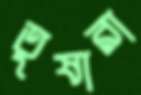
তুষারা